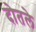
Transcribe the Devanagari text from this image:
दोतले